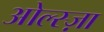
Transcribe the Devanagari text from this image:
ओल्स्ज़ा